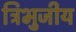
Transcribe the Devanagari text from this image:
त्रिभुजीय